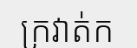
ក្រវាត់ក